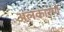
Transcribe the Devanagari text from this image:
अलंकारणे